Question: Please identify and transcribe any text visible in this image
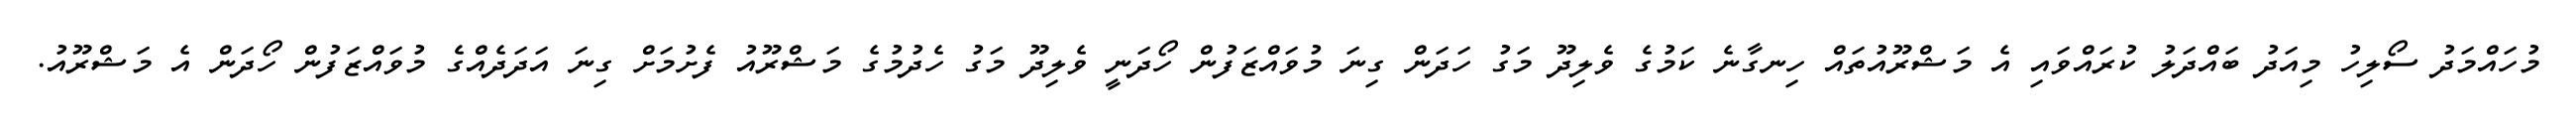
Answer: މުހައްމަދު ސޯލިހު މިއަދު ބައްދަލު ކުރައްވައި އެ މަޝްރޫއުތައް ހިނގާނެ ކަމުގެ ވެލިދޫ މަގު ހަދަން ގިނަ މުވައްޒަފުން ހޯދަނީ ވެލިދޫ މަގު ހެދުމުގެ މަޝްރޫއު ފެށުމަށް ގިނަ އަދަދެއްގެ މުވައްޒަފުން ހޯދަން އެ މަޝްރޫއު.